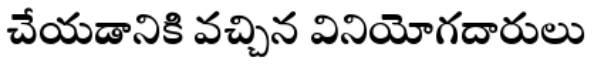
చేయడానికి వచ్చిన వినియోగదారులు